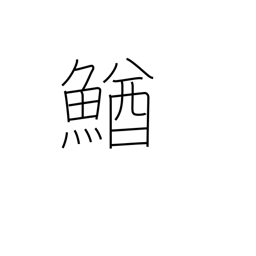
Meaning: loach (fish)